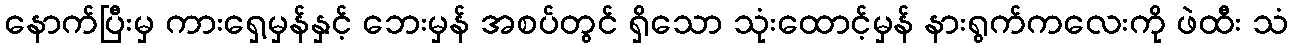
နောက်ပြီးမှ ကားရှေ့မှန်နှင့် ဘေးမှန် အစပ်တွင် ရှိသော သုံးထောင့်မှန် နားရွက်ကလေးကို ဖဲထီး သံ